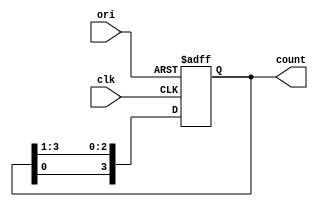
module iiitb_rc(clk, ori, count);
	input clk;
	input ori;
    output[3:0] count;
    reg[3:0] temp;
	always @(posedge clk or posedge ori)
	begin
		if(ori == 1)
		begin 
			temp <= 4'b1000;
		end
		else
            temp <= {temp[0], temp[3:1]};
	end
	assign count = temp;
endmodule